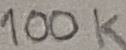
Text: 100K